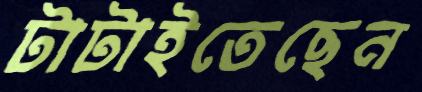
টাটাইতেছেন